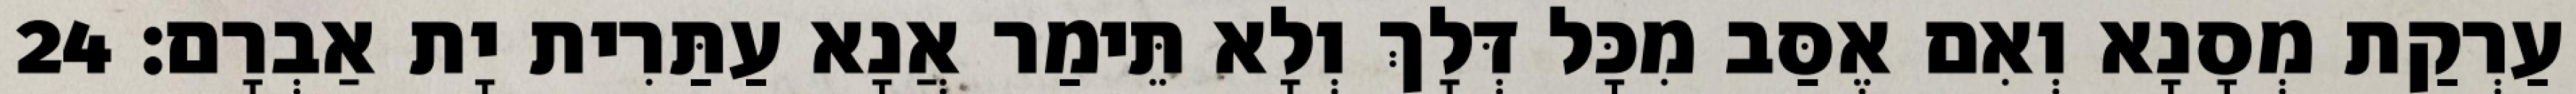
עַרְקַת מְסָנָא וְאִם אֶסַּב מִכָּל דְּלָךְ וְלָא תֵּימַר אֲנָא עַתַּרִית יָת אַבְרָם׃ 24